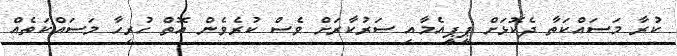
ކުރާ މަސައްކަތާ ދެކޮޅަށް ޕީޕީއެމާއި ސަރުކާރަށް ވެސް ކުރެވެން އޮތް ހުރިހާ މަސައްކަތެއް